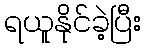
ရယူနိုင်ခဲ့ပြီး